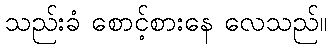
သည်းခံ စောင့်စားနေ လေသည်။